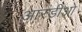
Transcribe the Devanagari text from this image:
आरडीओ